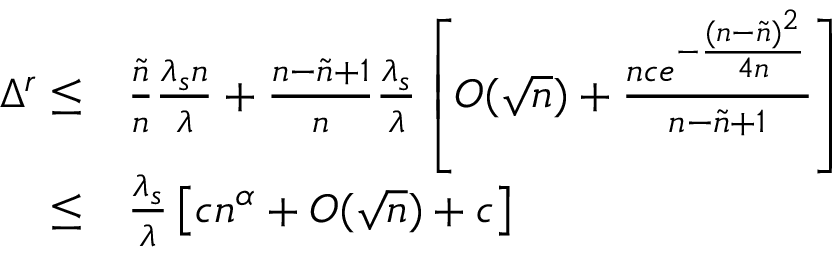
\begin{array} { r l } { \Delta ^ { r } \leq } & { \frac { \tilde { n } } { n } \frac { \lambda _ { s } n } { \lambda } + \frac { n - \tilde { n } + 1 } { n } \frac { \lambda _ { s } } { \lambda } \left[ O ( \sqrt { n } ) + \frac { n c e ^ { - \frac { ( n - \tilde { n } ) ^ { 2 } } { 4 n } } } { n - \tilde { n } + 1 } \right] } \\ { \leq } & { \frac { \lambda _ { s } } { \lambda } \left[ c n ^ { \alpha } + O ( \sqrt { n } ) + c \right] } \end{array}